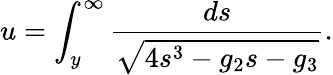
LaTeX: u=\int_{y}^{\infty}{\frac{ds}{\sqrt{4s^{3}-g_{2}s-g_{3}}}}.